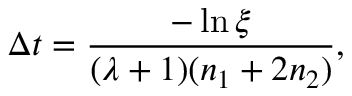
\Delta t = \frac { - \ln \xi } { ( \lambda + 1 ) ( n _ { 1 } + 2 n _ { 2 } ) } ,